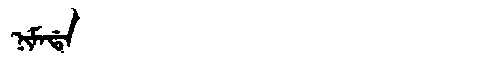
Manchu: ᠨᡳᠮᠠᡩᠠ
Romanization: NIMADA